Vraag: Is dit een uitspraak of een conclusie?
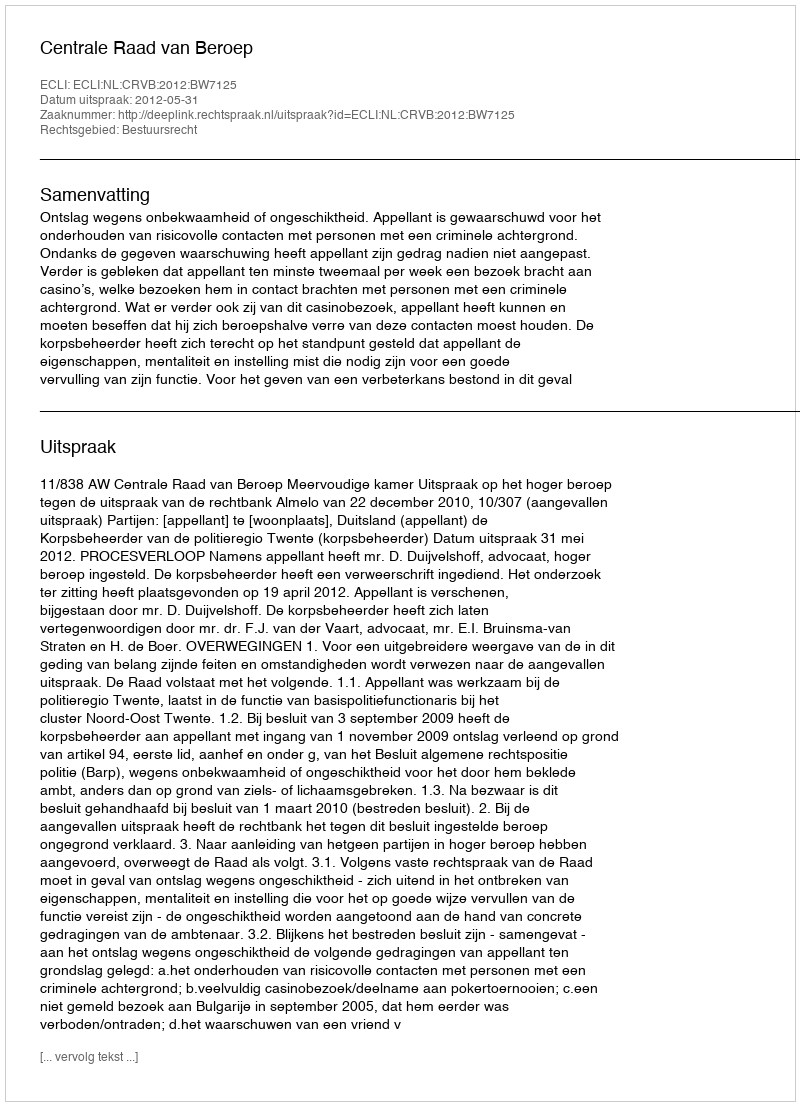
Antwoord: Uitspraak